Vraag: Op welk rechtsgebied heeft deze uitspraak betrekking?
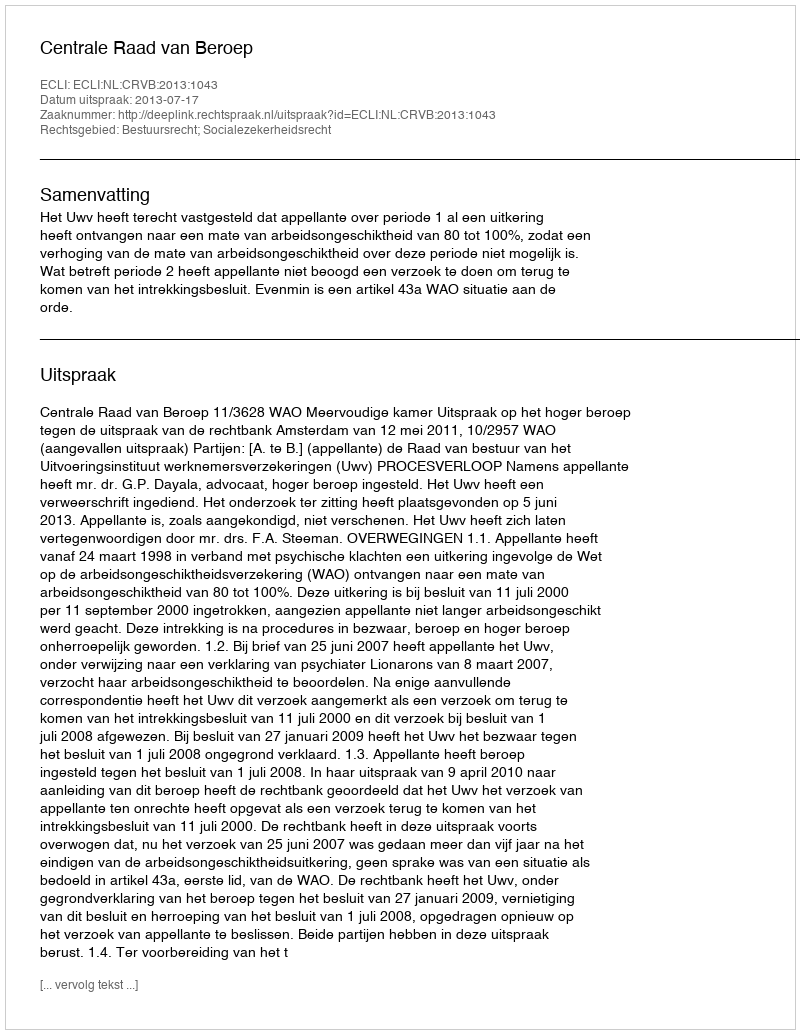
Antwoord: Bestuursrecht; Socialezekerheidsrecht